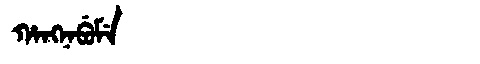
Manchu: ᡥᠠᠩᠨᠠᠪᡠᠮᡝ
Romanization: HANGNABUME